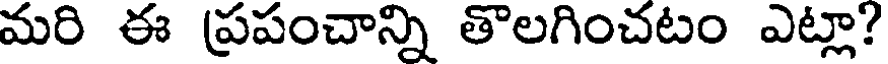
మరి ఈ (ప్రపంచాన్ని తొలగించటం ఎట్లా?